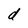
Character: d